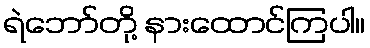
ရဲဘော်တို့ နားထောင်ကြပါ။